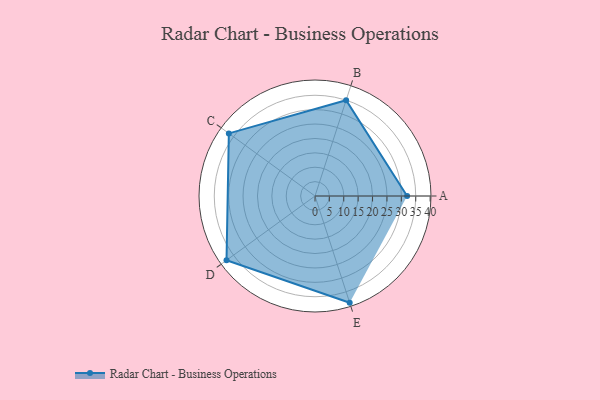
{"axis": {"x": "Skill", "y": "Score"}, "legend": ["Profile"], "data": [{"x": "A", "y": 32.0, "type": "Profile"}, {"x": "B", "y": 35.0, "type": "Profile"}, {"x": "C", "y": 37.0, "type": "Profile"}, {"x": "D", "y": 38.0, "type": "Profile"}, {"x": "E", "y": 39.0, "type": "Profile"}]}